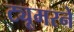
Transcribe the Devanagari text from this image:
ट्यूमरने